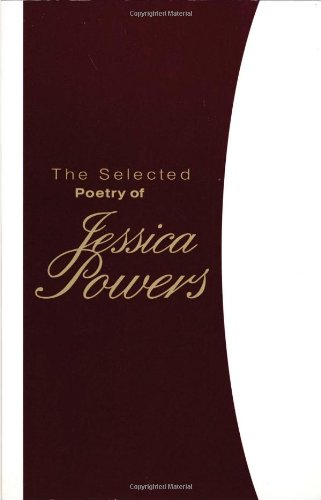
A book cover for The Selected Poetry of Jessica Powers; Jessica Powers; Christian Books & Bibles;